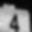
Digit: 4